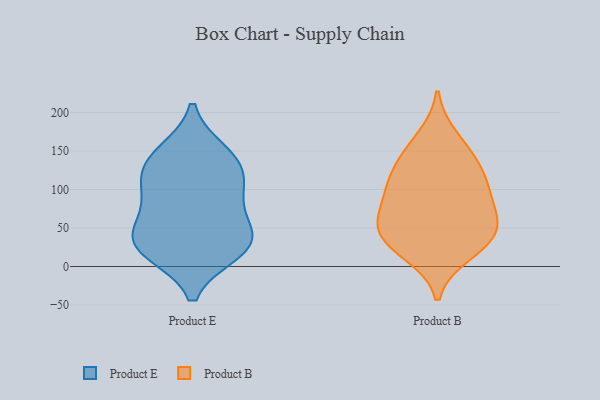
{"axis": {"x": "Budget (USD K)", "y": "Value"}, "legend": ["Product B", "Product E"], "data": [{"x": "", "y": 103, "type": "Product E"}, {"x": "", "y": 137, "type": "Product E"}, {"x": "", "y": 34, "type": "Product E"}, {"x": "", "y": 100, "type": "Product E"}, {"x": "", "y": 31, "type": "Product E"}, {"x": "", "y": 20, "type": "Product E"}, {"x": "", "y": 147, "type": "Product E"}, {"x": "", "y": 75, "type": "Product E"}, {"x": "", "y": 132, "type": "Product E"}, {"x": "", "y": 24, "type": "Product E"}, {"x": "", "y": 44, "type": "Product E"}, {"x": "", "y": 103, "type": "Product B"}, {"x": "", "y": 103, "type": "Product B"}, {"x": "", "y": 17, "type": "Product B"}, {"x": "", "y": 50, "type": "Product B"}, {"x": "", "y": 72, "type": "Product B"}, {"x": "", "y": 32, "type": "Product B"}, {"x": "", "y": 57, "type": "Product B"}, {"x": "", "y": 135, "type": "Product B"}, {"x": "", "y": 56, "type": "Product B"}, {"x": "", "y": 29, "type": "Product B"}, {"x": "", "y": 105, "type": "Product B"}, {"x": "", "y": 167, "type": "Product B"}, {"x": "", "y": 142, "type": "Product B"}]}